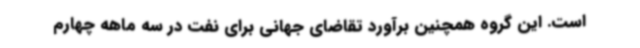
است. این گروه همچنین برآورد تقاضای جهانی برای نفت در سه ماهه چهارم